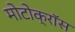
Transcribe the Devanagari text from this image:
मोटोक्राॅस